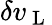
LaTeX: \delta v_{\mathrm{~L~}}